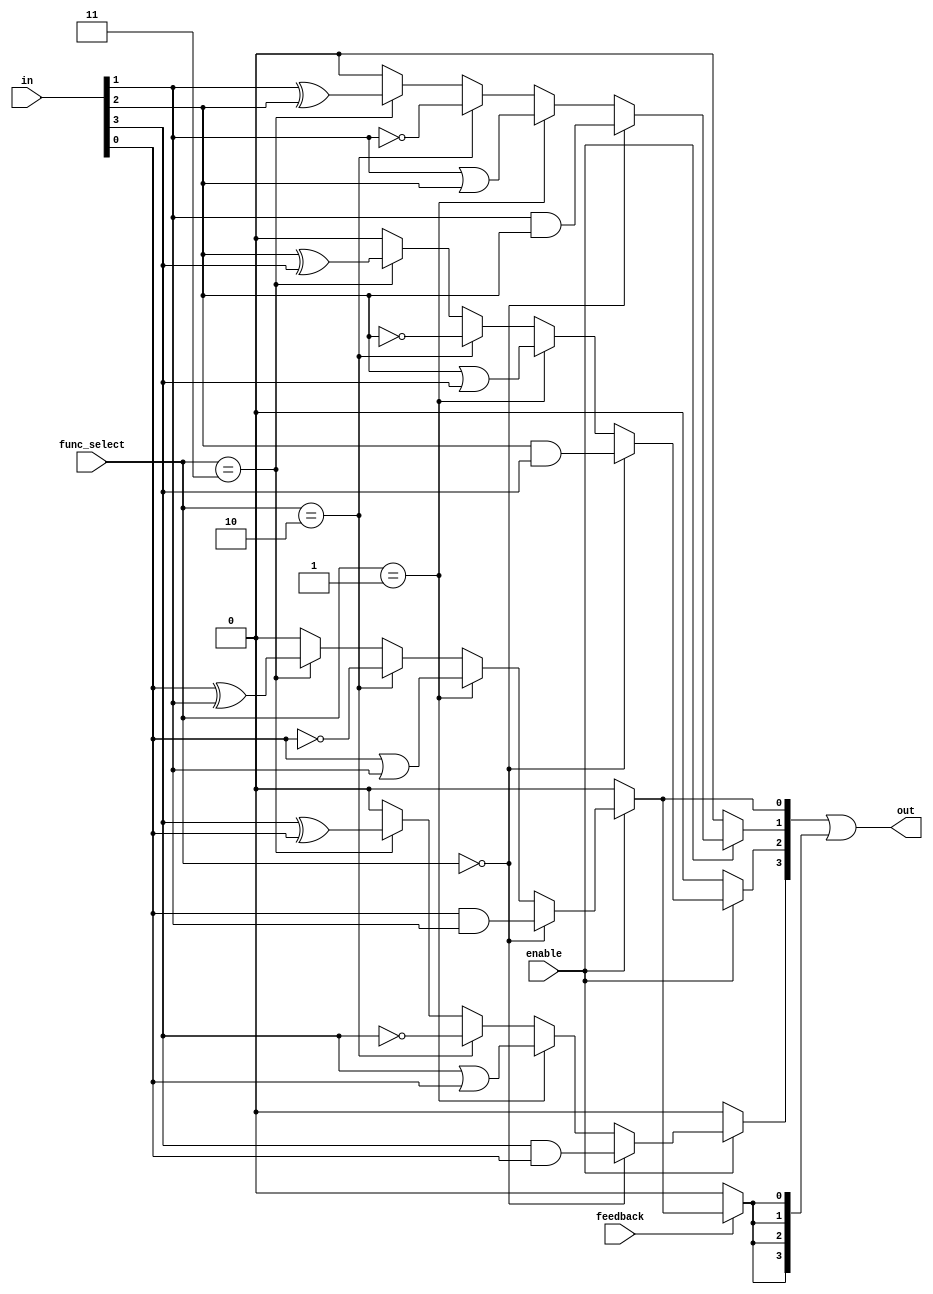
module CLB (
    input wire [3:0] in,          // Input lines (4 inputs)
    input wire [1:0] func_select, // Function selection for LFUs
    input wire enable,             // Enable signal for LFUs
    input wire feedback,           // Feedback signal to enable feedback path
    output wire [3:0] out         // Output lines (4 outputs)
);

// Internal signals for LFUs
wire [3:0] lf_out;
wire feedback_out;

// Logic Function Units (LFUs)
generate
    genvar i;
    for (i = 0; i < 4; i = i + 1) begin : LFU
        // Each LFU can be programmed to perform different logic operations
        assign lf_out[i] = (enable) ? 
            (func_select == 2'b00 ? (in[i] & in[(i + 1) % 4]) : // AND
            (func_select == 2'b01 ? (in[i] | in[(i + 1) % 4]) : // OR
            (func_select == 2'b10 ? ~in[i] : // NOT
            (func_select == 2'b11 ? (in[i] ^ in[(i + 1) % 4]) : 1'b0)))) // XOR
            : 1'b0; // Disabled output
    end
endgenerate

// Feedback path
assign feedback_out = feedback ? lf_out[0] : 1'b0; // Example feedback from LFU 0

// Output logic (combining LFU outputs and feedback)
assign out = {lf_out[3], lf_out[2], lf_out[1], lf_out[0]} | {feedback_out, feedback_out, feedback_out, feedback_out};

endmodule